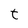
Character: t